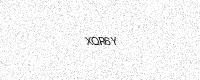
Text: XQR6Y